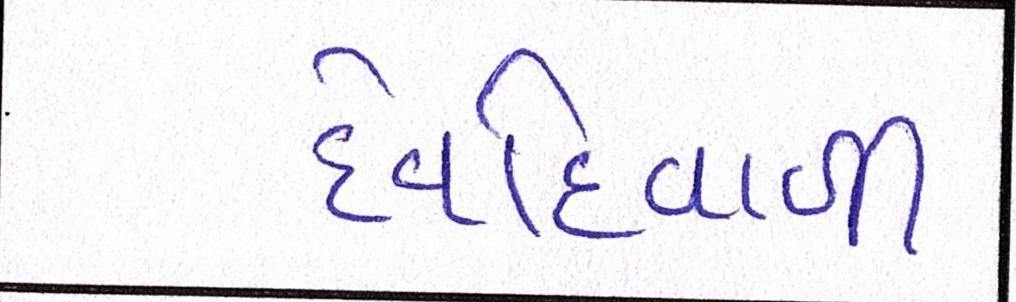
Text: દેવદિવાળી